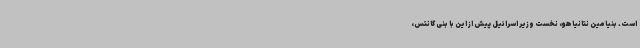
است. بنیامین نتانیاهو، نخست وزیر اسرائیل پیش از این با بنی گانتس،